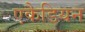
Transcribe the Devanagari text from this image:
एकैडियन